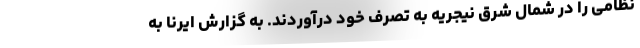
نظامی را در شمال شرق نیجریه به تصرف خود درآوردند. به گزارش ایرنا به